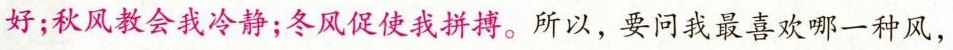
好；秋风教会我冷静；冬风促使我拼搏。所以，要问我最喜欢哪一种风，